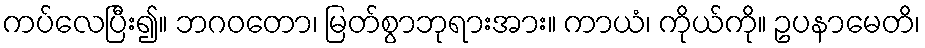
ကပ်လေပြီး၍။ ဘဂဝတော၊ မြတ်စွာဘုရားအား။ ကာယံ၊ ကိုယ်ကို။ ဥပနာမေတိ၊